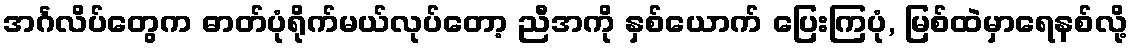
အင်္ဂလိပ်တွေက ဓာတ်ပုံရိုက်မယ်လုပ်တော့ ညီအကို နှစ်ယောက် ပြေးကြပုံ, မြစ်ထဲမှာရေနစ်လို့